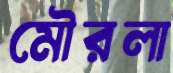
মৌরলা